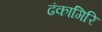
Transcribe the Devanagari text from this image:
ढंकागिरि